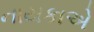
નાયકાએ